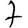
Digit: 7